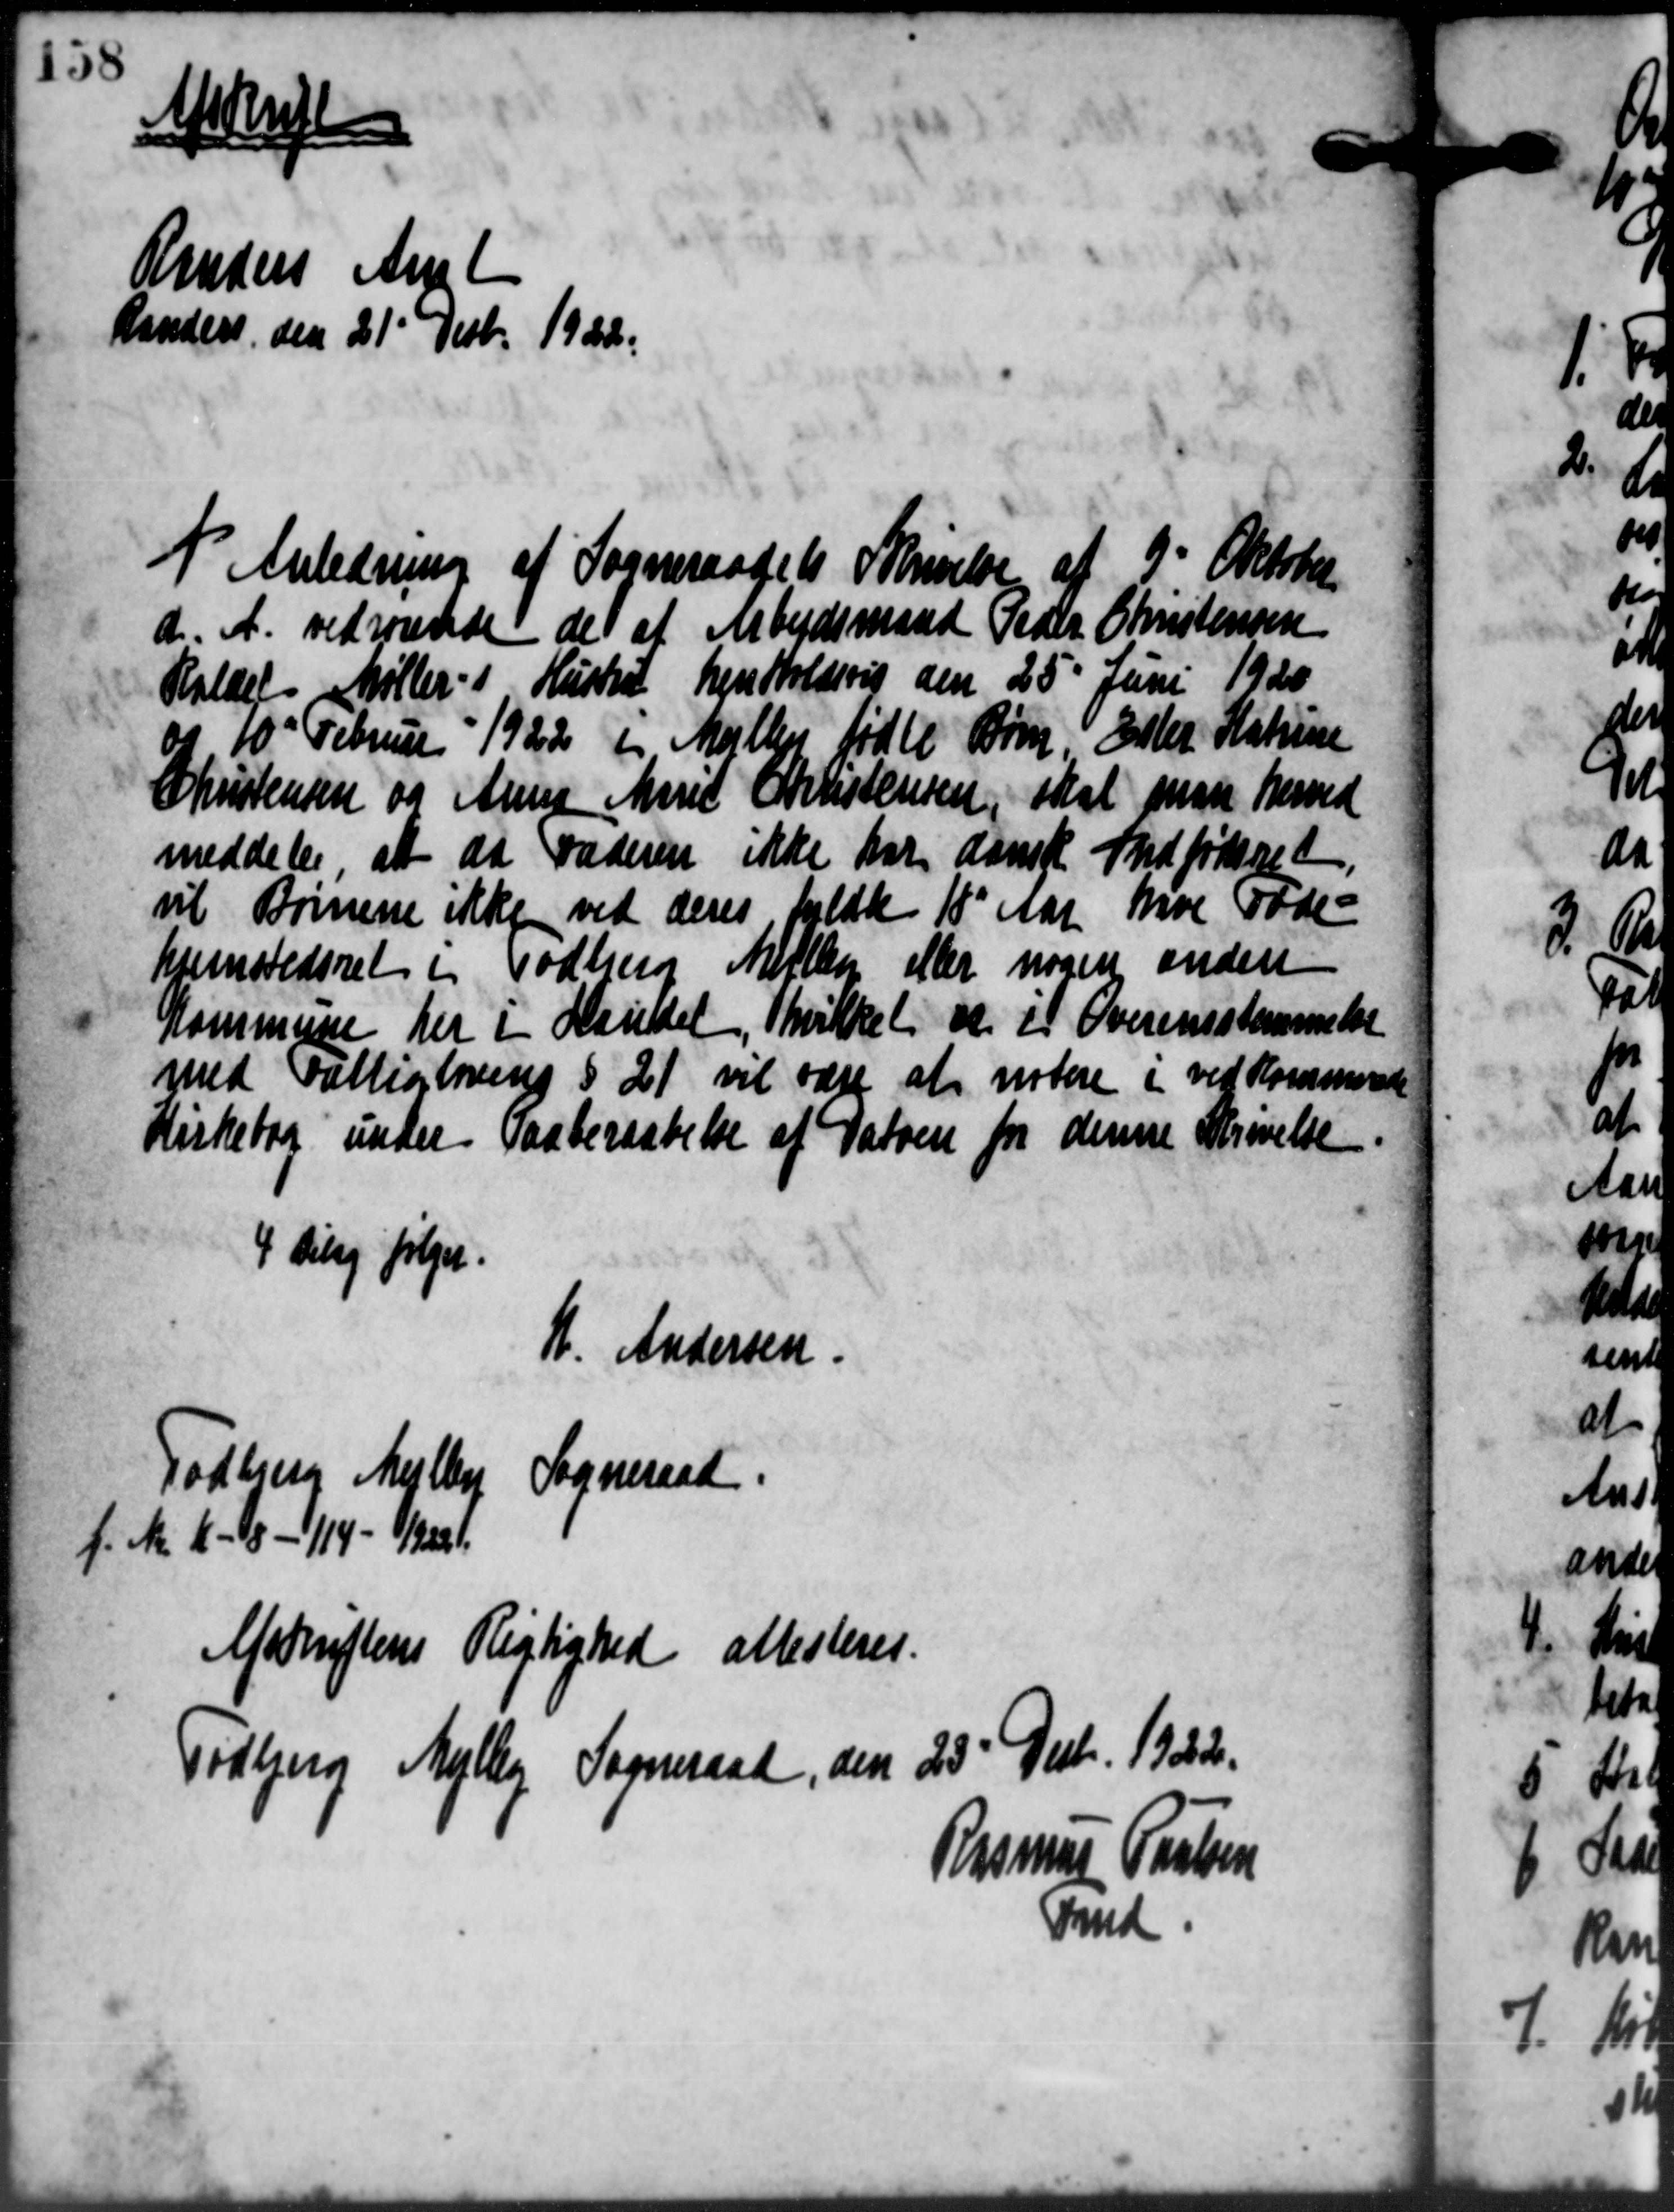
Transskription:
Afskrift
Randers Amt
Randers den 21' Decbr. 1922.
I Anledning af Sogneraadets Skrivelse af 9' Oktober
d. A. vedrørende de at Arbejdsmand Peder Christensen
Kaldet Møller i Hustru henholdsvis den 25' Juni 1920
og 10' Februar 1922 i Mølle fødte Børn Ester Katrine
Christensen og Anna Marie Christensen, skal man herved
meddeler, at da Faderen ikke har dansk Indfødsret
vil Børnene ikke ved deres holdte 18 Aar hvor Føde-
hjemstedsret i Todbjerg Møllen eller nogen anden
Kommune her i Mandel, hvilket at i Overensstemmelse
med Fattiglovens § 21 vil være at notere i ved Kommune
Kirkebog under Paaberaadelse af Datoen fra denne Skrivelse
4 ding følger.
A. Andersen.
Todbjerg Mejlby Sogneraad.
f. N. 4 - 18 - 114 - 1/1221.
Afskriftens Rigtighed allesteres.
Tidbjerg Mejlby Sogneraad den 25' Decbr. 1922.
Rasmus Poulsen
Fmd.